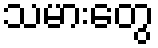
သမားတွေ